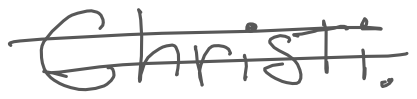
Text: Christi.
Cross-out: double-line
Writing tool: digital_gray